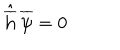
\hat { \overline { { { \bf h } } } } \, \overline { { { \psi } } } = 0